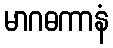
မာဂဓကာနံ